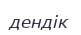
дендік